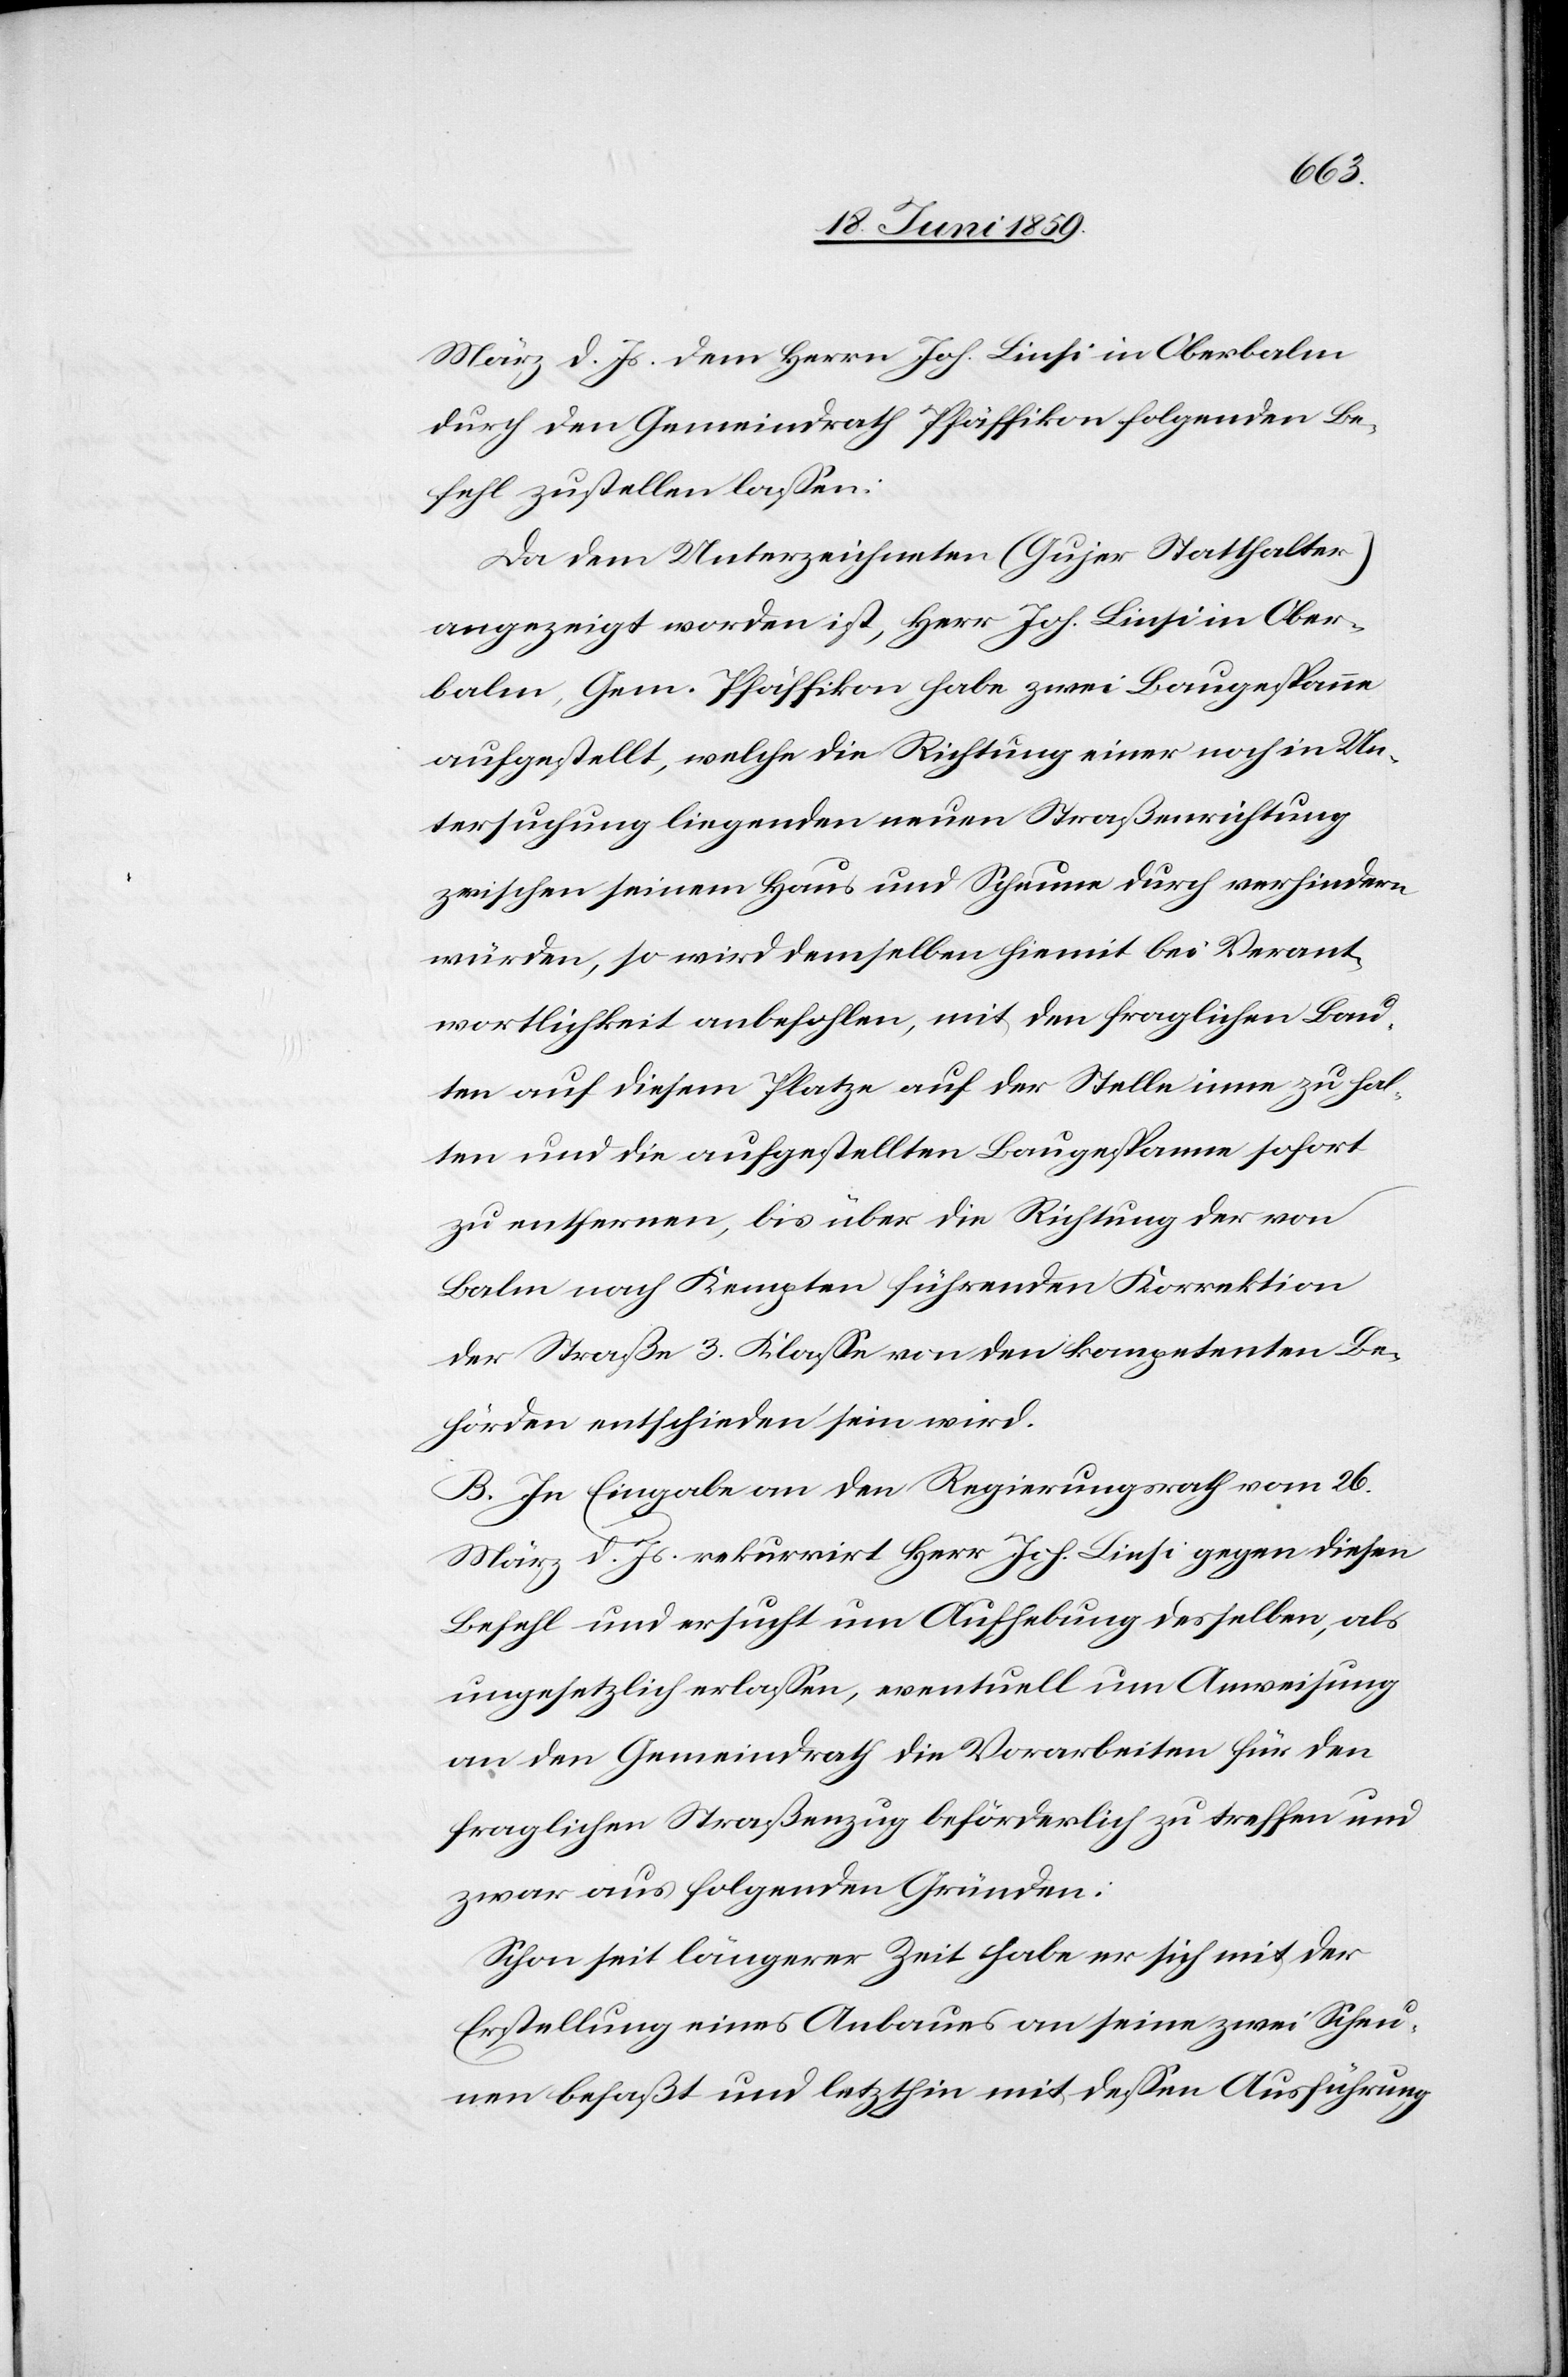
März d. Js. dem Herrn Joh. Linsi in Oberbalm
durch den Gemeindrath Pfäffikon folgenden Be¬
fehl zustellen lassen:
Da dem Unterzeichneten (Gujer Statthalter)
angezeigt worden ist, Herr. Joh. Linsi in Ober¬
balm, Gem. Pfäffikon habe zwei Baugespanne
aufgestellt, welche die Richtung einer noch in Un¬
tersuchung liegenden neuen Straßenrichtung
zwischen seinem Haus und Scheune durch verhindern
würden, so wird demselben hiemit bei Verant¬
wortlichkeit anbefohlen, mit den fraglichen Bau¬
ten auf diesem Platze auf der Stelle inne zu hal¬
ten und die aufgestellten Baugespanne sofort
zu entfernen, bis über die Richtung der von
Balm nach Kempten führenden Korrektion
der Straße 3. Klasse von den kompetenten Be¬
hörden entschieden sein wird.
B. In Eingabe an den Regierungsrath vom 26.
März d. Js. rekurrirt Herr Joh. Linsi gegen diesen
Befehl und ersucht um Aufhebung desselben, als
ungesetzlich erlassen, eventuell um Anweisung
an den Gemeindrath die Vorarbeiten für den
fraglichen Straßenzug beförderlich zu treffen und
zwar aus folgenden Gründen:
Schon seit längerer Zeit habe er sich mit der
Erstellung eines Anbaues an seine zwei Scheu¬
nen befaßt und letzthin mit dessen Ausführung